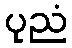
ပုညံ